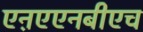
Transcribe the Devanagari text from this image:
एऩएएनबीएच